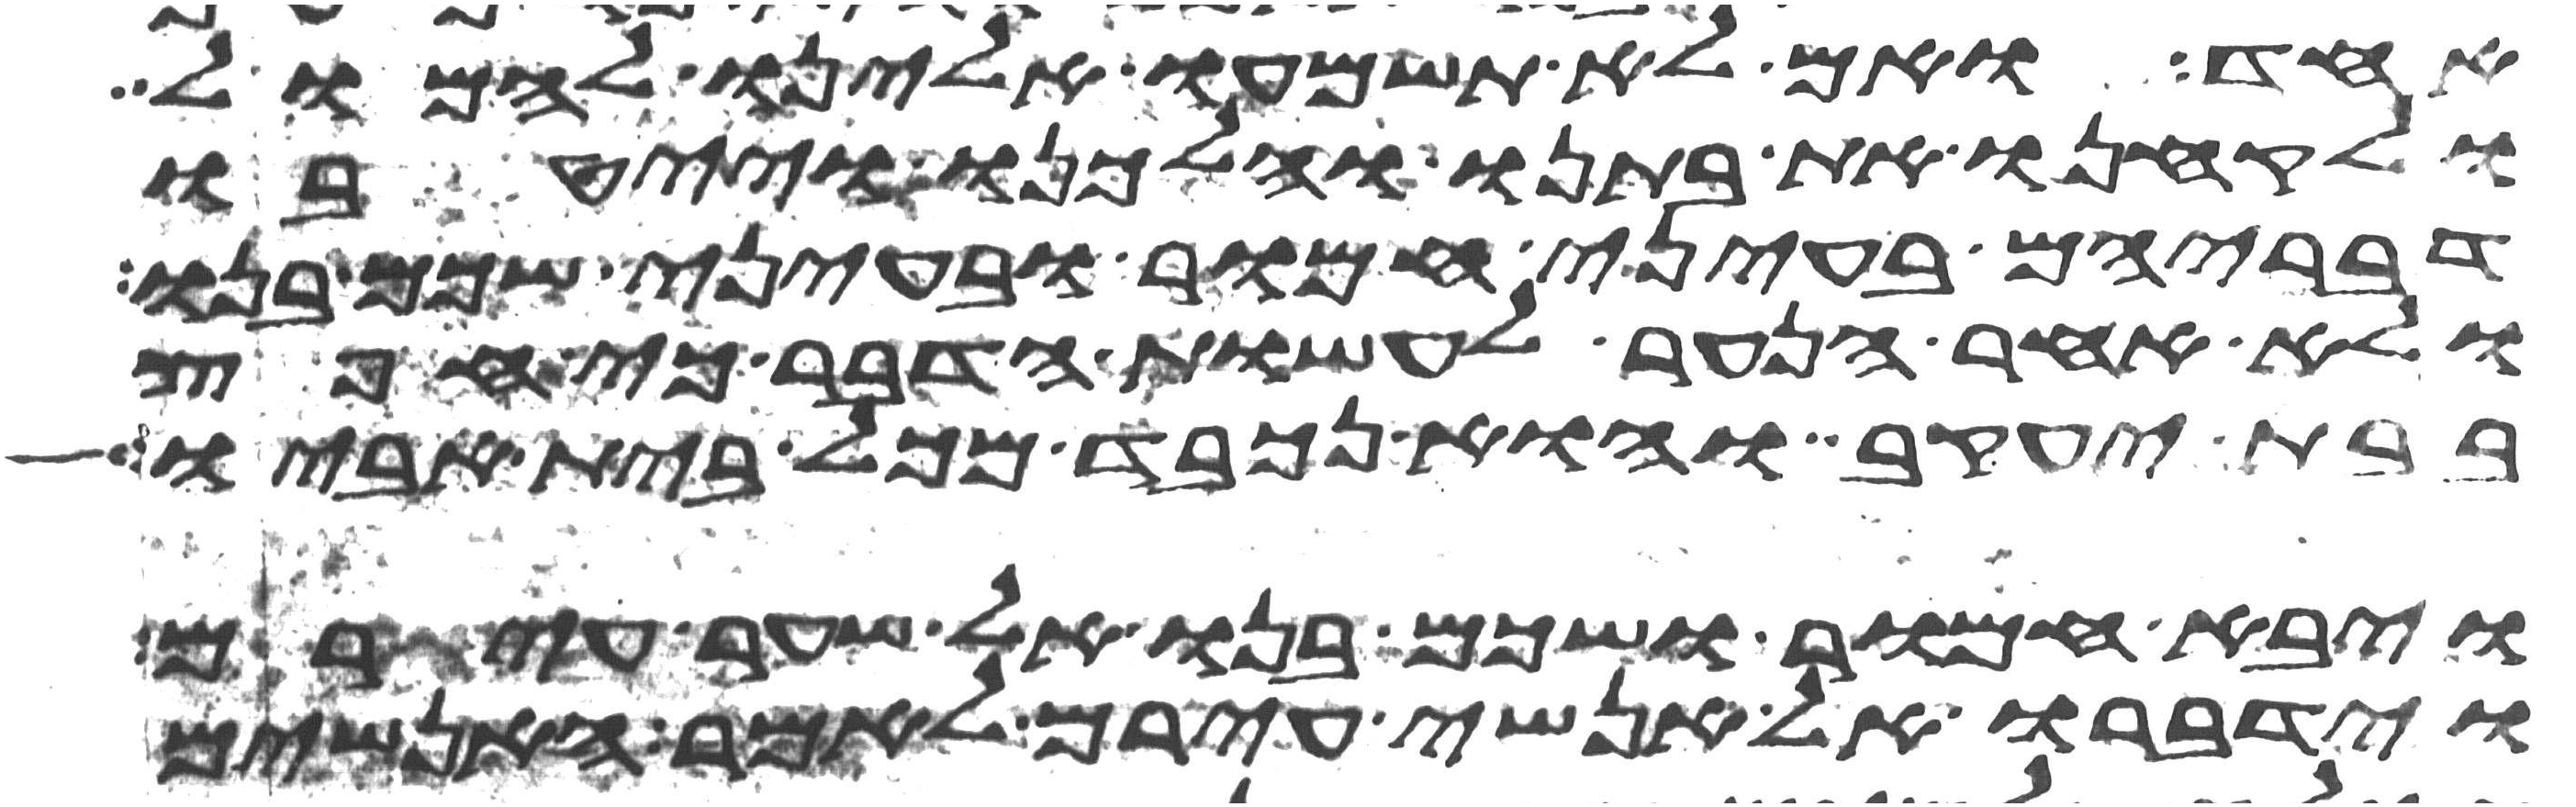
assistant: אחד ואם לא תשמעו אלינו להמול
ולקחנו את בתנו והלכנו וייטבו
דבריהם בעיני חמור ובעיני שכם בנו
ולא אחר הנער לעשות הדבר כי חפץ
בבת יעקב והוא נכבד מכל בית אביו
ויבא חמור ושכם בנו אל שער עירם
וידברו אל אנשי עירם לאמר האנשים